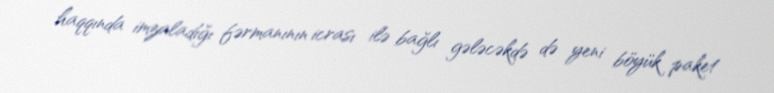
haqqında imzaladığı fərmanının icrası ilə bağlı gələcəkdə də yeni böyük paket